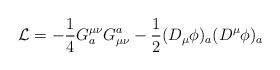
LaTeX: \begin{align*}{\cal L} =-{1\over 4} G_a^{\mu\nu}G^a_{\mu\nu}-{1\over 2} (D_\mu\phi)_a (D^\mu\phi)_a\end{align*}